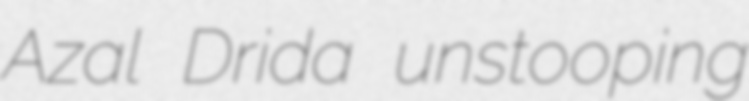
Azal Drida unstooping